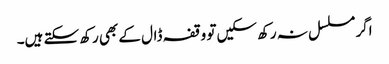
اگر مسلسل نہ رکھ سکیں تو وقفہ ڈال کے بھی رکھ سکتے ہیں۔